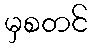
မှစတင်